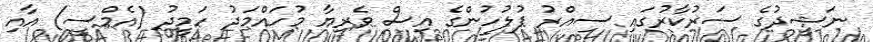
ނަޝީދުގެ ސަރުކާރުގައި ސިއްރު ފުލުހުންގެ އިސް ވެރިޔާ މުހައްމަދު ހަމީދު (އެމްސީ) އާއި